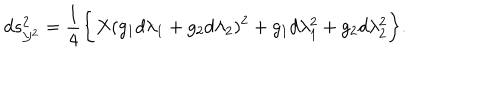
LaTeX: d s _ { { \cal Y } ^ { 2 } } ^ { 2 } = \frac { 1 } { 4 } \biggl \{ X ( g _ { 1 } d \lambda _ { 1 } + g _ { 2 } d \lambda _ { 2 } ) ^ { 2 } + g _ { 1 } d \lambda _ { 1 } ^ { 2 } + g _ { 2 } d \lambda _ { 2 } ^ { 2 } \biggr \} .